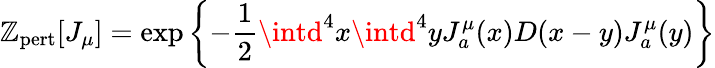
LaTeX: \mathbb{Z}_{\mathrm{{pert}}}[J_{\mu}]=\exp\left\{ -{\frac{{1}}{{2}}}\intd^{4}x\intd^{4}yJ_{a}^{\mu}(x)D(x-y)J_{a}^{\mu}(y)\right\}